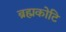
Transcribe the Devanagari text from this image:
ब्रह्मकोटि